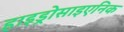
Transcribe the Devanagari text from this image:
हाइड्रोसाइएनिक